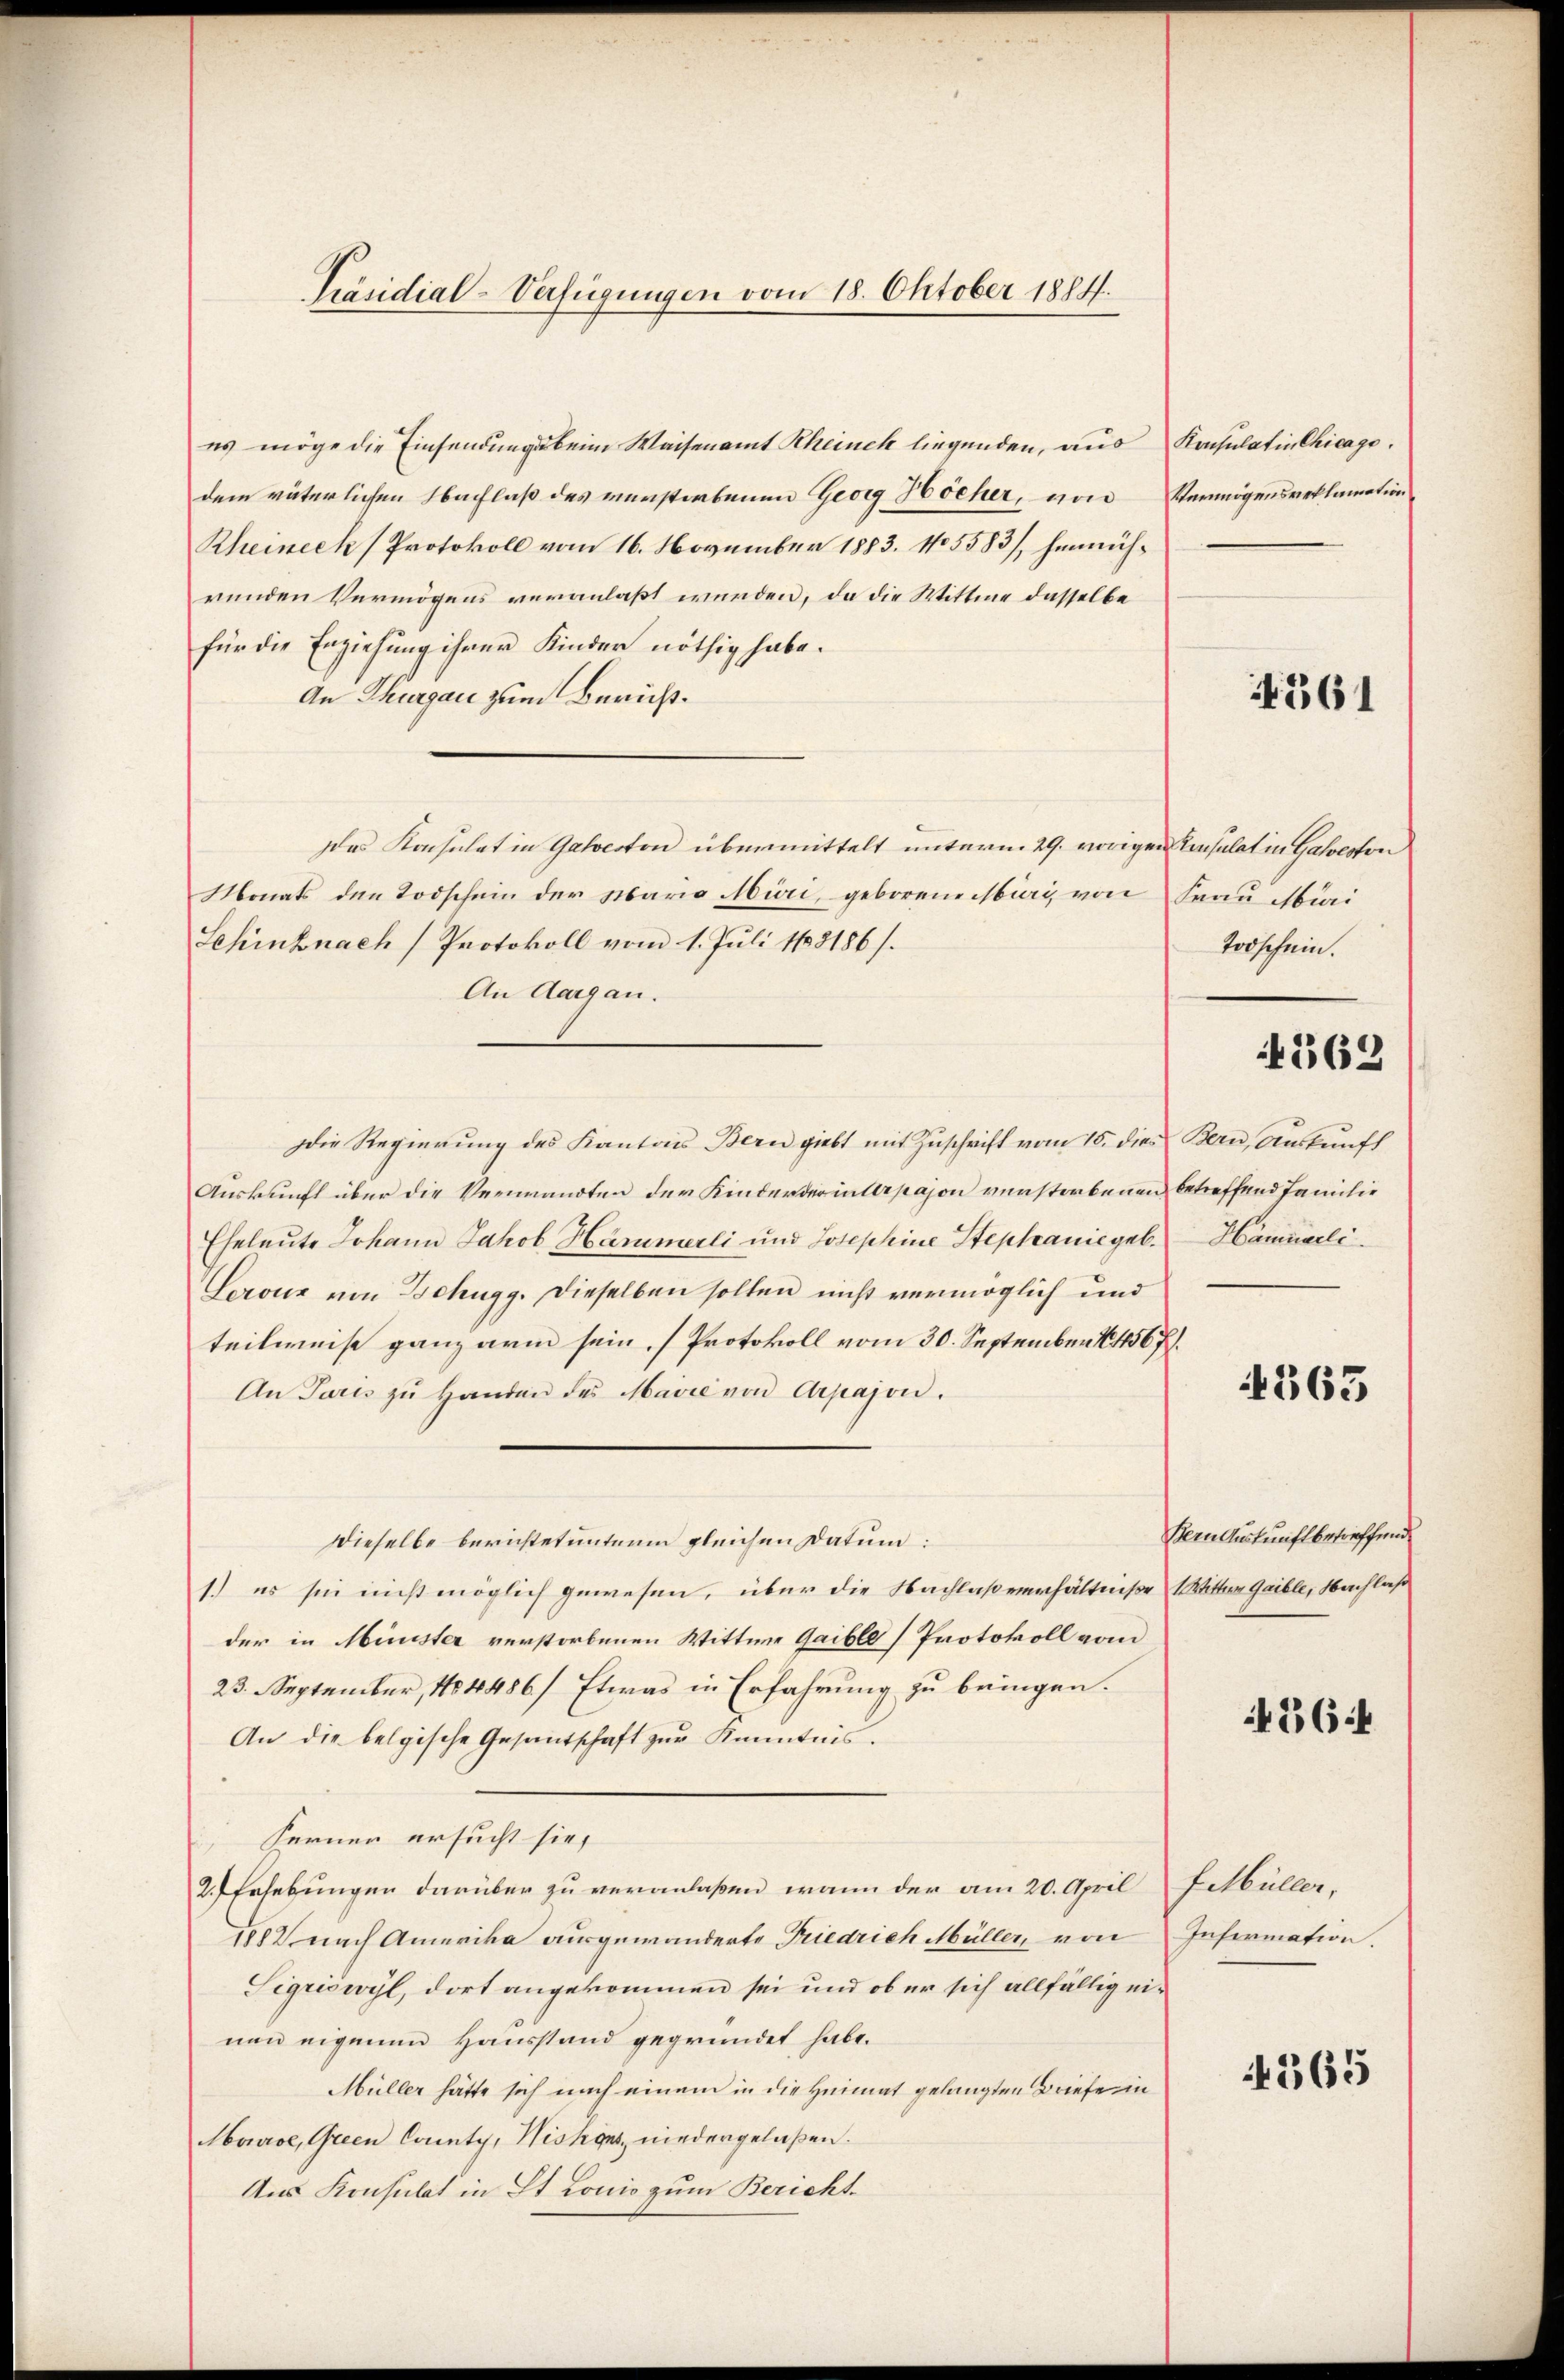
es möge die Einsendung beim Waisenamt Rheinek liegenden, aus Konsulatin Chicago.
dem väterlichen Nachlaß des verstorbenen Georg Höcher, von Vermögensreklamation
Rheineck (Protokoll vom 16. November 1883. 115583/, henmührunden Vermögens veranlaßt werden, da die Wittwe dasselbe
für die Erziehung ihrer Kinder nöthig habe.
An Thurgau zum Bericht.
Das Konsulat in Galveston übermittelt unterm 29. vorigen Resulat in Galveston
Monats den Todschein der Maria Müri, geborene Muri, von Frau Mari
Schinznach Protokoll vom 1. Juli 1883186).
An Aargau.
Die Regierung des Kantons Bern giebt mit Zuschrift vom 15. dies Bern, Auskunft
Auskunft über die Verwandten der Kinderderinterpason verstorbenen betreffend Familie
Eheleute Johann Jakob Hammerli und Josephine Stephaniegel. Hammerli
Lerouz von Schugg. Dieselben sollen nicht vermöglich und
teilweise ganz arm sein. (Protokoll vom 30. September 18456 ff.
An Paris zŭ handen des Marie von Arpajon.
Dieselbe berichtet unterm gleichen Datum:
1.) es sie nicht möglich gewesen, über die Nachlaßverhältniße Witter Gaible, Nachlaß
der in Münster verstorbenen Wittwe Gaible Protokoll vom
23. September, 184486/ Etwas in Erfahrung zu bringen.
An die belgische Gesandtschaft zŭr Kenntnis.
Ferner ersucht sie,
2.) Erhebungen darüber zu veranlaßen, wann der am 20. April Fetbüller-
1882 nach Amerika ausgewanderte Friedrich Müller, von
Sigriswyl, dort angekommen sei und ob er sich allfällig einen eigenen Hausstand gegründet habe.
Müller hätte sich nach einem in die Heimat gelangten Briefe in
Morce, Green County, Histors, niedergelaßen.
Aus Konsulat in St. Lonis zum Bericht.

Präsidial-Verfügungen vom 18. Oktober 1884.

44561

Todschein.

4562

1363

Bern Auskunft betreffend

436

Information.

4365